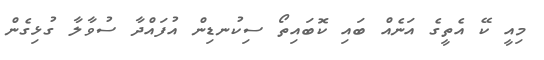
މިއީ ކޭ އެތީގެ އަނެއް ބައި ކޮބައިތޯ ސިކުނޑިން އުފައްދާ ސުވާލާ ގުޅިގެން